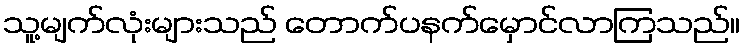
သူ့မျက်လုံးများသည် တောက်ပနက်မှောင်လာကြသည်။